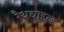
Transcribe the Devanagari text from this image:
रैथचाइल्ड